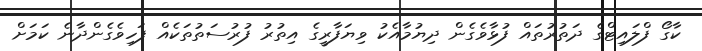
ކާގޯ ފްލައިޓްގެ ދަތުރުތައް ފުޅާވެގެން ދިޔުމާއެކު ވިޔަފާރީގެ އިތުރު ފުރުސަތުތަކެއް ފަހިވެގެންދާނެ ކަމަށް